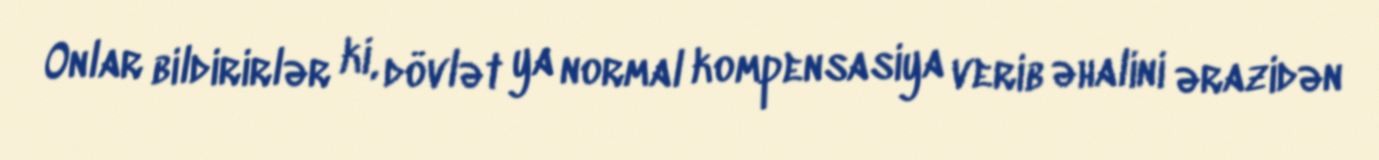
Onlar bildirirlər ki, dövlət ya normal kompensasiya verib əhalini ərazidən